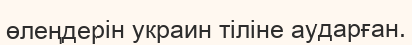
өлеңдерін украин тіліне аударған.